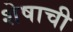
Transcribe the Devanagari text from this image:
शेषाची